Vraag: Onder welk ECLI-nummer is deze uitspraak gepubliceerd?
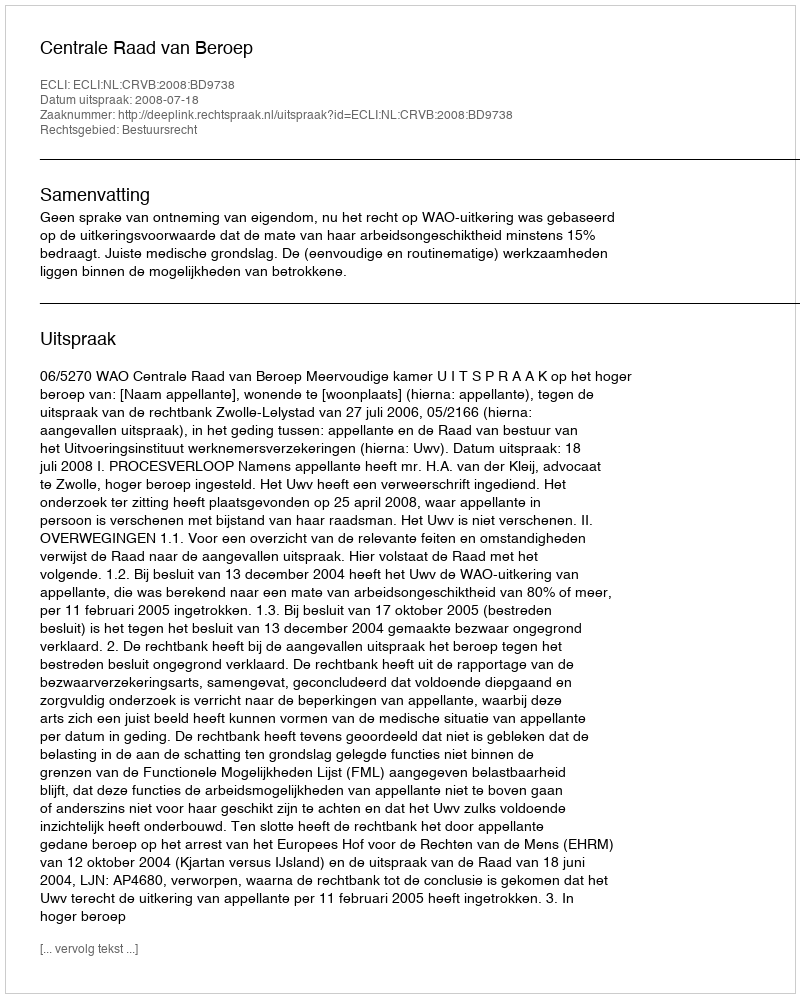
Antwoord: ECLI:NL:CRVB:2008:BD9738